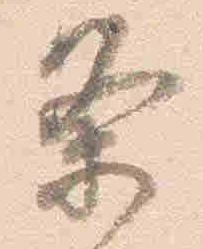
条